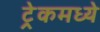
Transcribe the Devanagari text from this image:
ट्रेकमध्ये